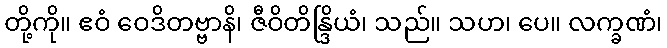
တို့ကို။ ဧဝံ ဝေဒိတဗ္ဗာနိ၊ ဇီဝိတိန္ဒြိယံ၊ သည်။ သဟ၊ ပေ။ လက္ခဏံ၊